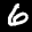
Label: 6